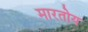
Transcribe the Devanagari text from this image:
मारतोय